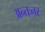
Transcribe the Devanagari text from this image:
अन्तःनर